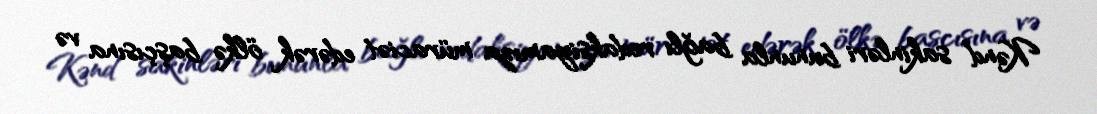
Kənd sakinləri bununla bağlı redaksiyamıza müraciət edərək ölkə başçısına və